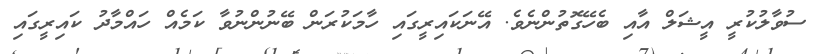
ސުވާލުކުރީ އީޝަލް އާއި ބެހޭގޮތުންނެވެ. އޭނަކައިރީގައި ހާމަކުރަން ބޭނުންނުވާ ކަމެއް ހައްމާދު ކައިރީގައި